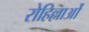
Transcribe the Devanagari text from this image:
रोहिल्लाओं